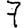
Digit: 7